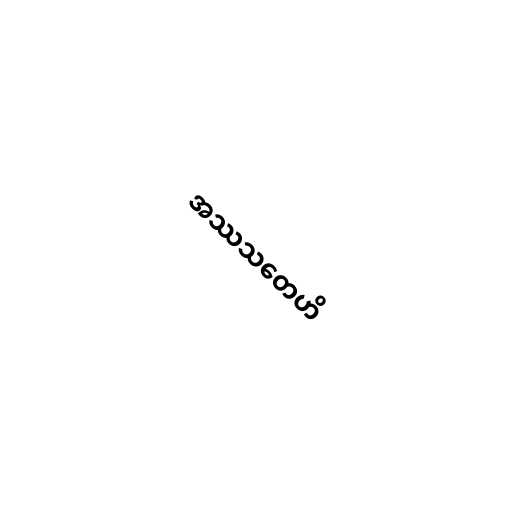
အဿသတေဟိ